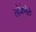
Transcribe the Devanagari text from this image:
लोकेनेते